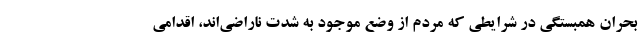
بحران همبستگی در شرایطی که مردم از وضع موجود به شدت ناراضی‌اند، اقدامی